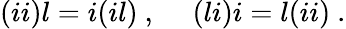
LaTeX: (ii)l=i(il)~,~~~~~(li)i=l(ii)~.